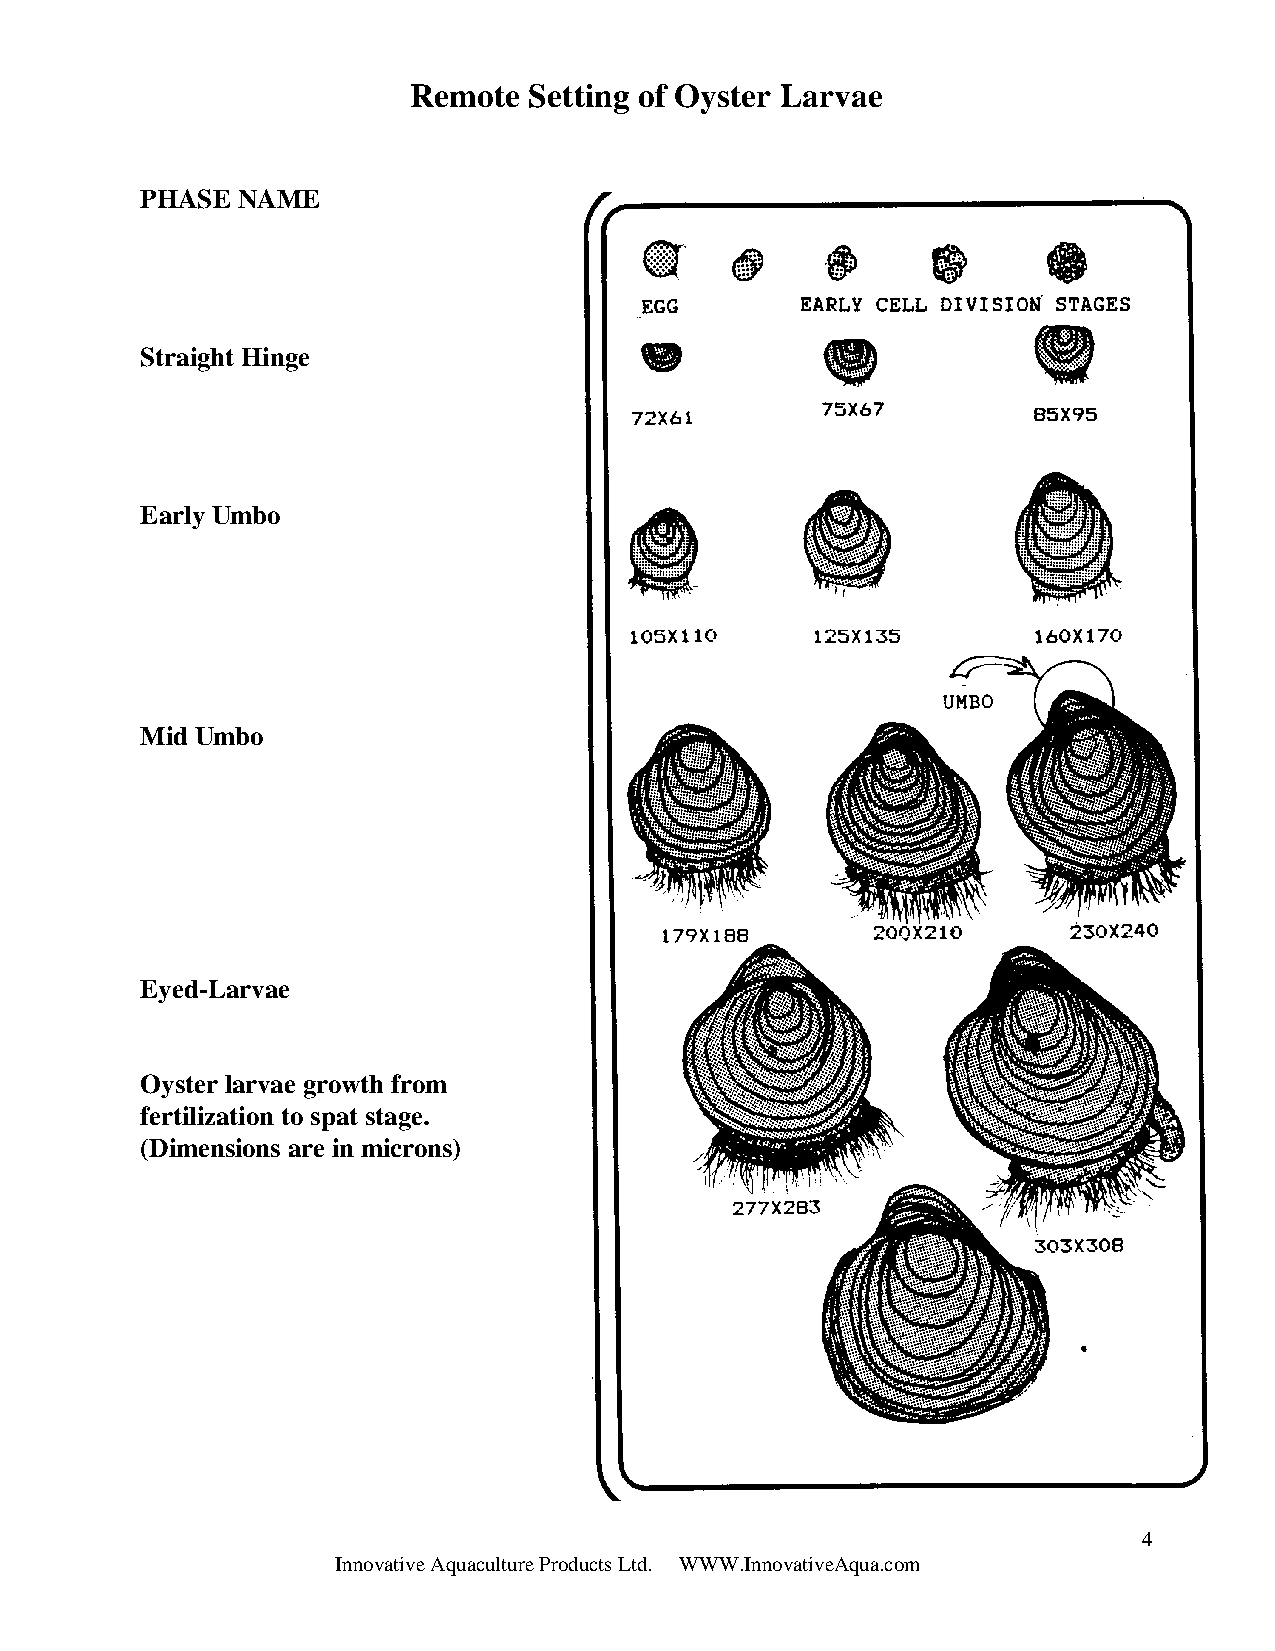
Remote  Setting of Oyster Larvae
 PHASE  NAME
 Straight Hinge
 Early Umbo
 Mid Umbo
 Eyed-Larvae
 Oyster larvae growth from
 fertilization to spat stage.
 (Dimensions are in microns)
 4
 Innovative Aquaculture Products Ltd. WWW.InnovativeAqua.com